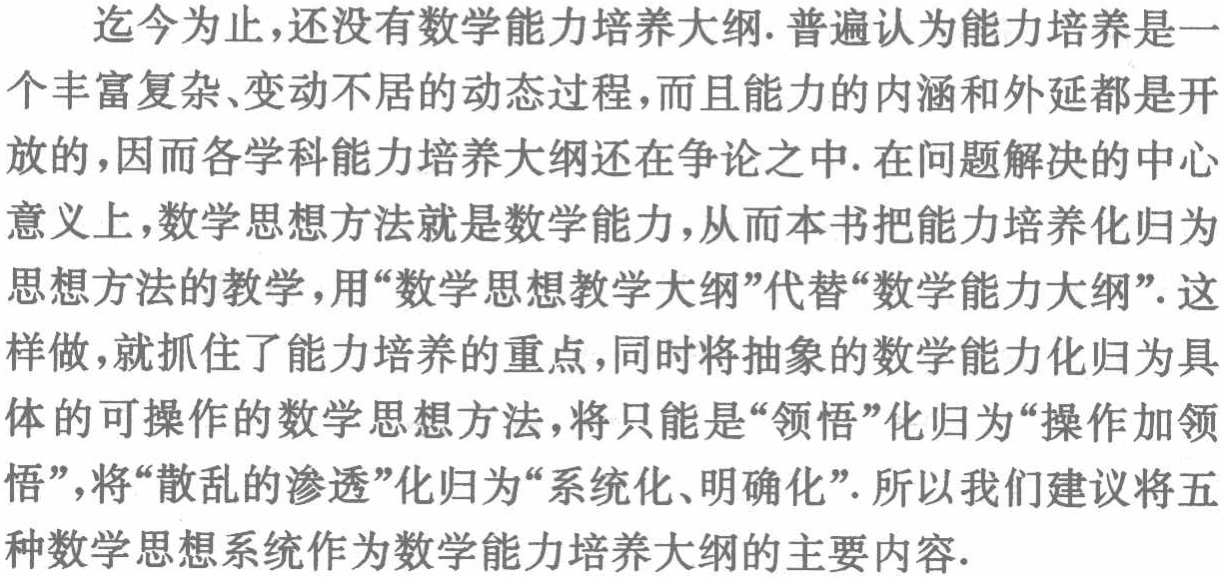
迄今为止，还没有数学能力培养大纲. 普遍认为能力培养是一个丰富复杂、变动不居的动态过程，而且能力的内涵和外延都是开放的，因而各学科能力培养大纲还在争论之中. 在问题解决的中心意义上，数学思想方法就是数学能力，从而本书把能力培养化归为思想方法的教学，用“数学思想教学大纲”代替“数学能力大纲”. 这样做，就抓住了能力培养的重点，同时将抽象的数学能力化归为具体的可操作的数学思想方法，将只能是“领悟”化归为“操作加领悟”，将“散乱的渗透”化归为“系统化、明确化”. 所以我们建议将五种数学思想系统作为数学能力培养大纲的主要内容.